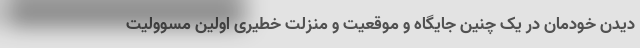
دیدن خودمان در یک چنین جایگاه و موقعیت و منزلت خطیری اولین مسوولیت